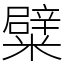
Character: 糪